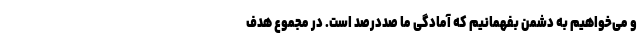
و می‌خواهیم به دشمن بفهمانیم که آمادگی ‌ما صددرصد است. در مجموع هدف